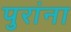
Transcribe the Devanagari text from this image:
पुरांना